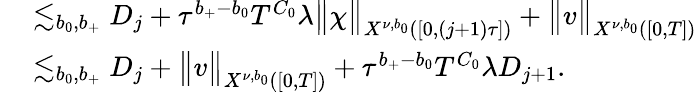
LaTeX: \begin{array}{rl}{\, }&{\lesssim_{b_{0},b_{+}}D_{j}+\tau^{b_{+}-b_{0}}T^{C_{0}}\lambda\big\| \chi\big\| _{X^{\nu,b_{0}}([0,(j+1)\tau])}+\big\| v\big\| _{X^{\nu,b_{0}}([0,T])}}\\ &{\lesssim_{b_{0},b_{+}}D_{j}+\big\| v\big\| _{X^{\nu,b_{0}}([0,T])}+\tau^{b_{+}-b_{0}}T^{C_{0}}\lambda D_{j+1}.}\end{array}